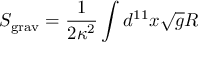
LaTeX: S _ { \mathrm { g r a v } } = \frac { 1 } { 2 \kappa ^ { 2 } } \int d ^ { 1 1 } x \sqrt { g } R